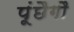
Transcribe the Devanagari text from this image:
पूंछैगौ